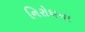
નિરોધના